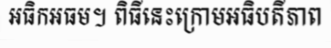
អធិកអធម។ ពិធីនេះក្រោមអធិបតីភាព